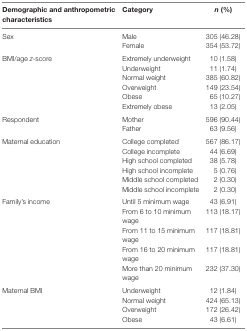
<table><thead><tr><td><b>Demographic and anthropometric characteristics</b></td><td><b>Category</b></td><td><b><i>n</i> (%)</b></td></tr></thead><tbody><tr><td>Sex</td><td>Male</td><td>305 (46.28)</td></tr><tr><td>[EMPTY_CELL]</td><td>Female</td><td>354 (53.72)</td></tr><tr><td>BMI/age <i>z</i>-score</td><td>Extremely underweight</td><td>10 (1.58)</td></tr><tr><td>[EMPTY_CELL]</td><td>Underweight</td><td>11 (1.74)</td></tr><tr><td>[EMPTY_CELL]</td><td>Normal weight</td><td>385 (60.82)</td></tr><tr><td>[EMPTY_CELL]</td><td>Overweight</td><td>149 (23.54)</td></tr><tr><td>[EMPTY_CELL]</td><td>Obese</td><td>65 (10.27)</td></tr><tr><td>[EMPTY_CELL]</td><td>Extremely obese</td><td>13 (2.05)</td></tr><tr><td>Respondent</td><td>Mother</td><td>596 (90.44)</td></tr><tr><td>[EMPTY_CELL]</td><td>Father</td><td>63 (9.56)</td></tr><tr><td>Maternal education</td><td>College completed</td><td>567 (86.17)</td></tr><tr><td>[EMPTY_CELL]</td><td>College incomplete</td><td>44 (6.69)</td></tr><tr><td>[EMPTY_CELL]</td><td>High school completed</td><td>38 (5.78)</td></tr><tr><td>[EMPTY_CELL]</td><td>High school incomplete</td><td>5 (0.76)</td></tr><tr><td>[EMPTY_CELL]</td><td>Middle school completed</td><td>2 (0.30)</td></tr><tr><td>[EMPTY_CELL]</td><td>Middle school incomplete</td><td>2 (0.30)</td></tr><tr><td>Family’s income</td><td>Until 5 minimum wage</td><td>43 (6.91)</td></tr><tr><td>[EMPTY_CELL]</td><td>From 6 to 10 minimum wage</td><td>113 (18.17)</td></tr><tr><td>[EMPTY_CELL]</td><td>From 11 to 15 minimum wage</td><td>117 (18.81)</td></tr><tr><td>[EMPTY_CELL]</td><td>From 16 to 20 minimum wage</td><td>117 (18.81)</td></tr><tr><td>[EMPTY_CELL]</td><td>More than 20 minimum wage</td><td>232 (37.30)</td></tr><tr><td>Maternal BMI</td><td>Underweight</td><td>12 (1.84)</td></tr><tr><td>[EMPTY_CELL]</td><td>Normal weight</td><td>424 (65.13)</td></tr><tr><td>[EMPTY_CELL]</td><td>Overweight</td><td>172 (26.42)</td></tr><tr><td>[EMPTY_CELL]</td><td>Obese</td><td>43 (6.61)</td></tr></tbody></table>